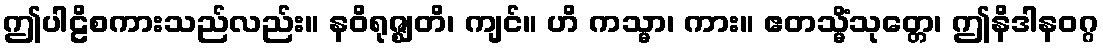
ဤပါဠိစကားသည်လည်း။ နဝိရုဇ္ဈတိ၊ ကျင်။ ဟိ ကသ္မာ၊ ကား။ ဧတသ္မိံသုတ္တေ၊ ဤနိဒါနဝဂ္ဂ